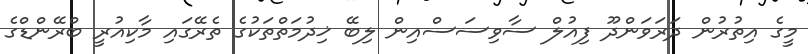
މީގެ އިތުރުން ދަރަވަންދޫ ފިއުލް ސާވިސަސްއިން ލިބޭ ޚިދުމަތްތަކުގެ ތެރޭގައި މާކިއުރީ ބްރޭންޑްގެ